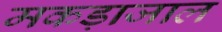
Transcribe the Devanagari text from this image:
मकड़ाजाल